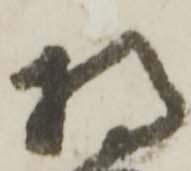
将